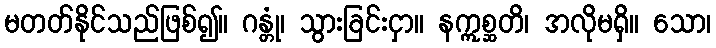
မတတ်နိုင်သည်ဖြစ်၍။ ဂန္တုံ၊ သွားခြင်းငှာ။ နဣစ္ဆတိ၊ အလိုမရှိ။ သော၊